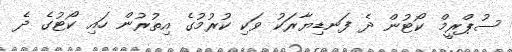
ސުޕްރީމް ކޯޓުން ދެ ފަނޑިޔާރަކު ވަކި ކުރުމުގެ އިތުރުން ހައި ކޯޓުގެ ދެ